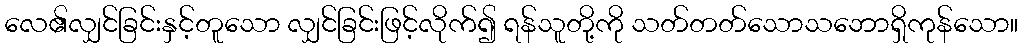
လေ၏လျှင်ခြင်းနှင့်တူသော လျှင်ခြင်းဖြင့်လိုက်၍ ရန်သူတို့ကို သတ်တတ်သောသဘောရှိကုန်သော။